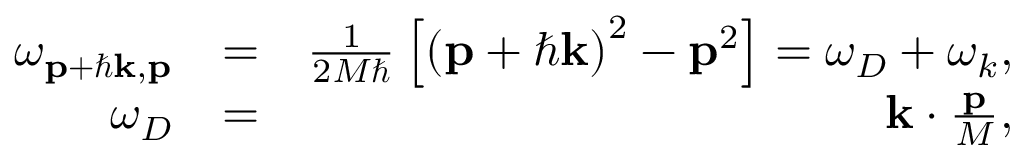
\begin{array} { r l r } { \omega _ { \mathbf { p } + \hbar \mathbf { k } , \mathbf { p } } } & { = } & { \frac { 1 } { 2 M \hbar } \left[ \left( \mathbf { p } + \hbar \mathbf { k } \right) ^ { 2 } - \mathbf { p } ^ { 2 } \right] = \omega _ { D } + \omega _ { k } , } \\ { \omega _ { D } } & { = } & { \mathbf { k } \cdot \frac { \mathbf { p } } { M } , } \end{array}